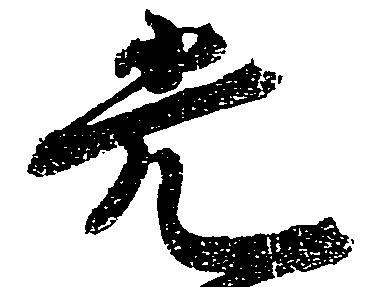
光